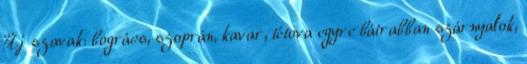
Új szavak: bogrács, szoprán, kavar, tétova egyre bátrabban szárnyalok,